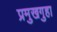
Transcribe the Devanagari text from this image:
प्रमुखगुहा